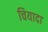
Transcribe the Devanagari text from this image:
चियादा